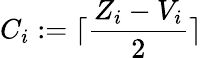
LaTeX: C_{i}:=\lceil\frac{Z_{i}-V_{i}}{2}\rceil